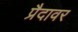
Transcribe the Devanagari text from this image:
प्रैदावर